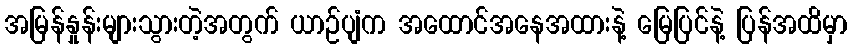
အမြန်နှုန်းများသွားတဲ့အတွက် ယာဉ်ပျံက အထောင်အနေအထားနဲ့ မြေပြင်နဲ့ ပြန်အထိမှာ